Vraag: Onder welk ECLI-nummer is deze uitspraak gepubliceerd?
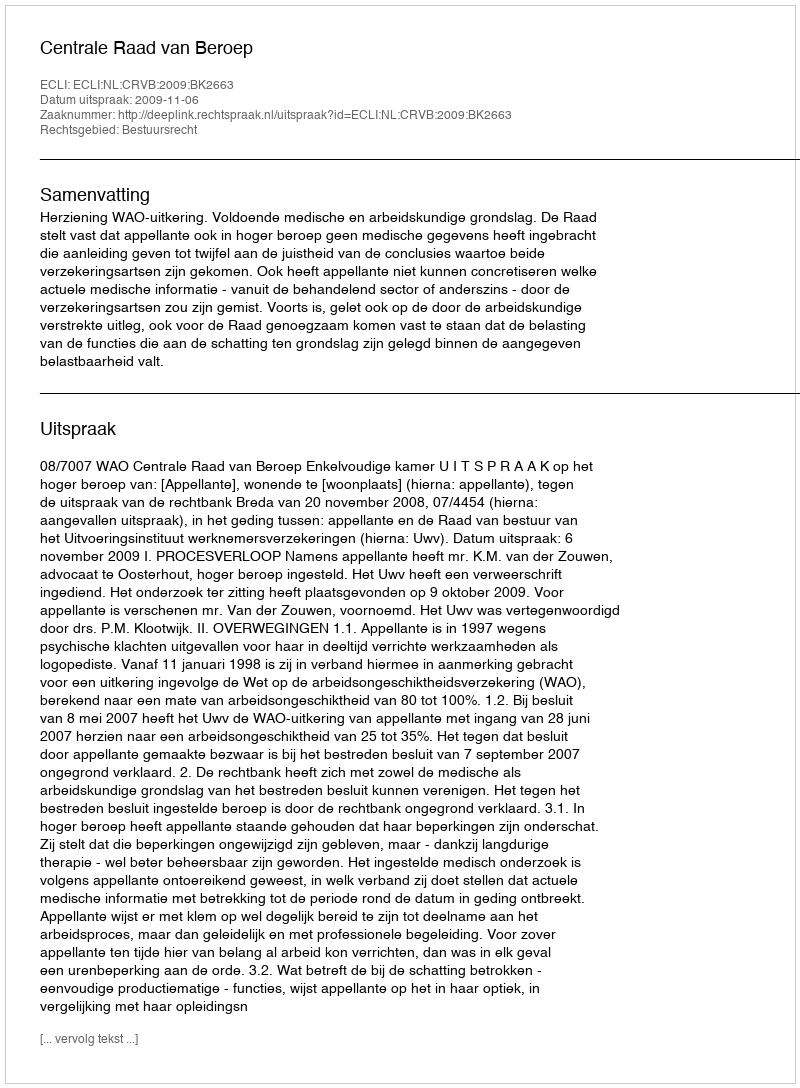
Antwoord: ECLI:NL:CRVB:2009:BK2663